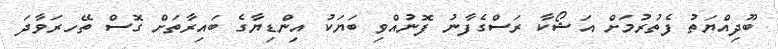
ބޫދިއްޔަތު ފެތުރުމަށް އަޝޯކާ ރަސްގެފާނު ފޮނުއްވި ބަޔަކު އިންޑިޔާގެ ބައިރާތަށް ގޮސް ތޭހރަވާދަ